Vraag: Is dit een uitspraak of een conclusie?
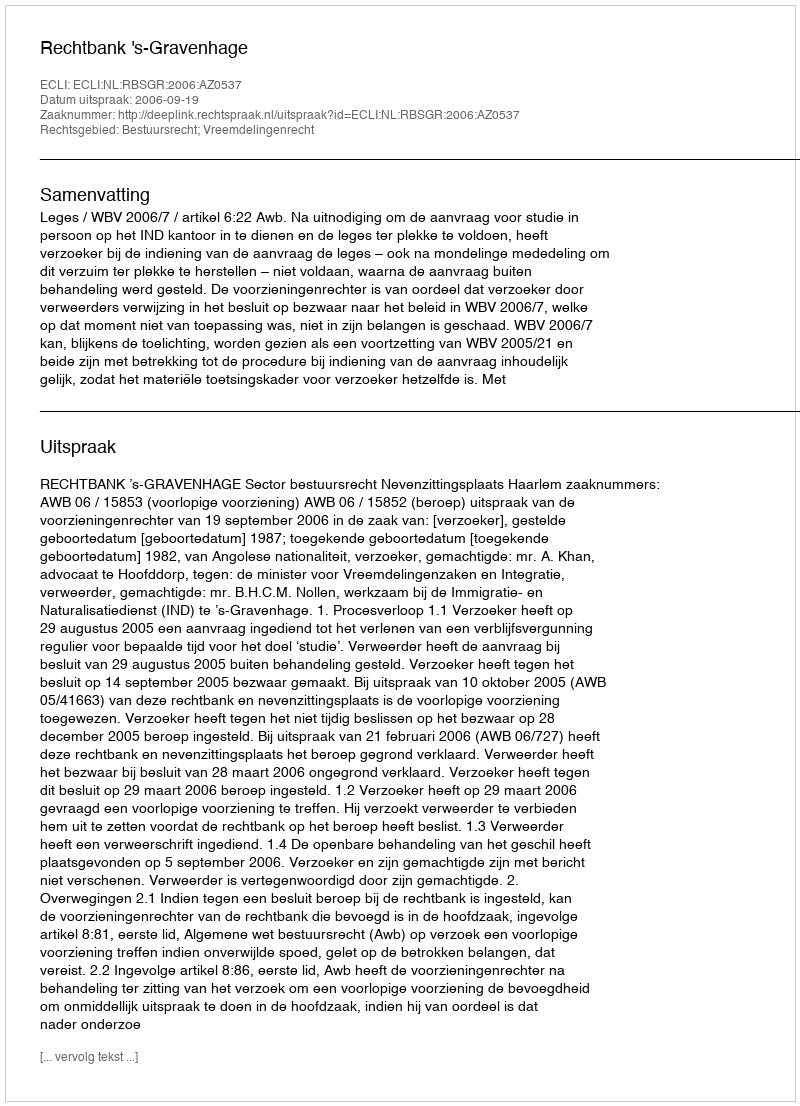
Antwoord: Uitspraak